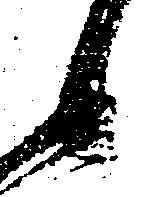
候